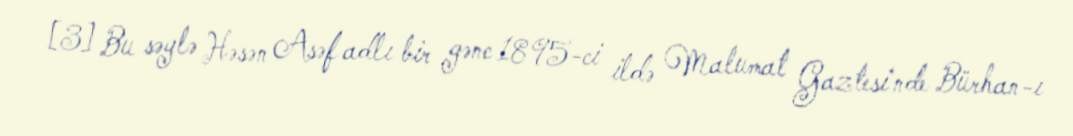
[3] Bu səylə Həsən Asəf adlı bir gənc 1895-ci ildə Malumat Gaztesi'nde Bürhan-ı